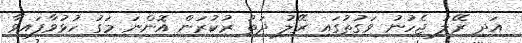
އަދި ރޭލު ޖެހުނު ވަގުތުގައި ރޭލު ދަތު ރުކުރަން އޮންނަ މަގު ހުޅުވާފައިވާ